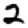
Digit: 2